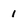
Character: 1